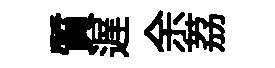
質遅余荔